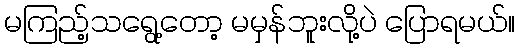
မကြည့်သရွေ့တော့ မမှန်ဘူးလို့ပဲ ပြောရမယ်။